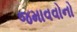
જમાવવોનો